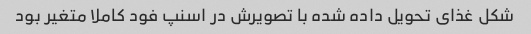
شکل غذای تحویل داده شده با تصویرش در اسنپ فود کاملا متغیر بود